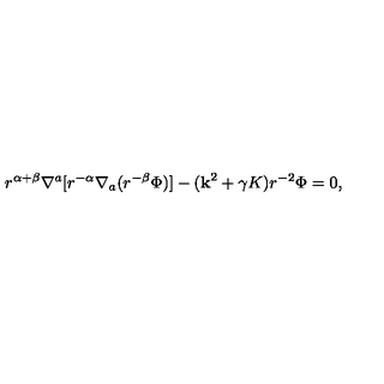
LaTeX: r ^ { \alpha + \beta } \nabla ^ { a } [ r ^ { - \alpha } \nabla _ { a } ( r ^ { - \beta } \Phi ) ] - ( { \bf k } ^ { 2 } + \gamma K ) r ^ { - 2 } \Phi = 0 ,